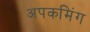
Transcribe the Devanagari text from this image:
अपकमिंग